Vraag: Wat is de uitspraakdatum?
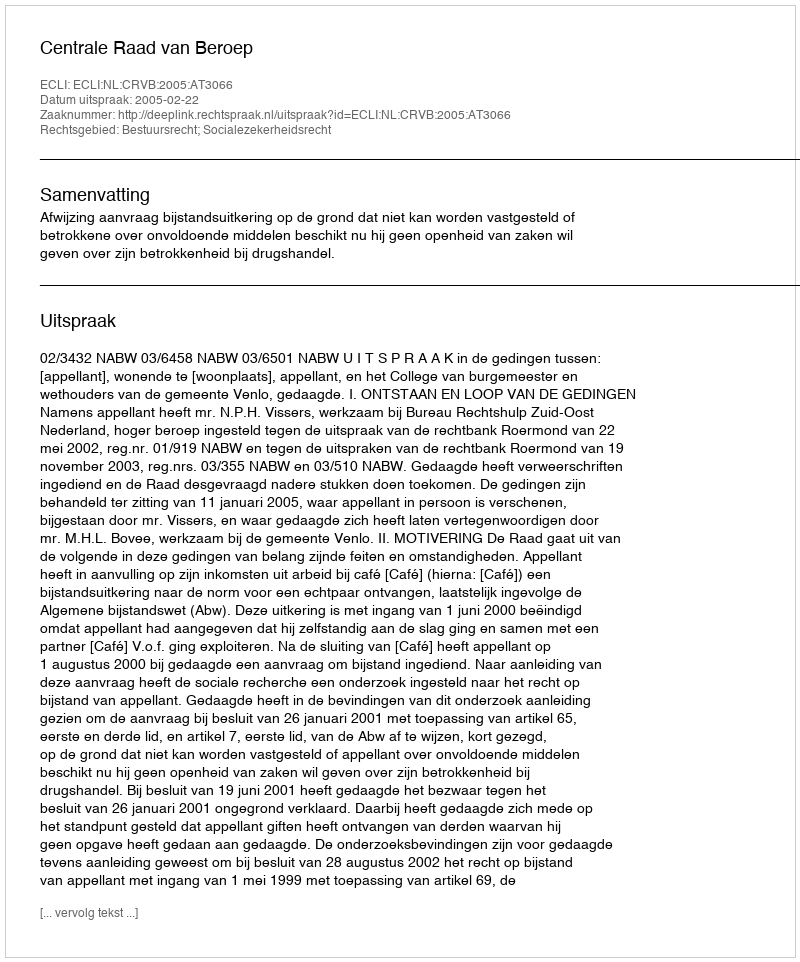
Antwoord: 2005-02-22